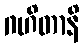
ဂဟိတာနိ